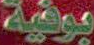
بوفية